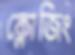
ক্লোজিং